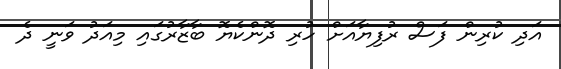
އަދި ކުރިން ފަސް ރުފިޔާއަށް ހުރި ދޮންކެޔޮ ބާޒާރުގައި މިއަދު ވަނީ ދެ